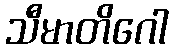
သီမာတိဂေါ